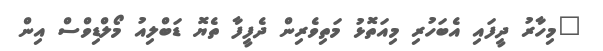
"މިހާރު ދީފައި އެބަހުރި މިއަތޮޅު މަތިވެރިން ދެފީފާ ތެޔޮ ޑަބްލިއު މޯލްޑިވްސް އިން